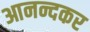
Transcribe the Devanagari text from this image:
आनन्दकर